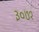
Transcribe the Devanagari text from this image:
३०७१